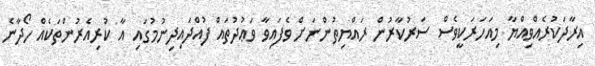
އިރާދަކުރެއްވިއްޔާ މިއަހަރަކީވެސް ސަރުކާރުން ރައްޔިތުންނަށް ވެފައިވާ ވަޢުދުތައް ފުއްދައިދިނުމުގައި އާ ކުރިއެރުންތަކެއް ހޯދާނެ